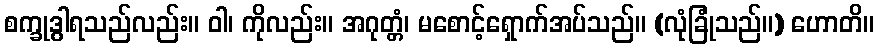
စက္ခုဒွါရသည်လည်း။ ဝါ၊ ကိုလည်း။ အဂုတ္တံ၊ မစောင့်ရှောက်အပ်သည်။ (လုံခြုံသည်။) ဟောတိ။